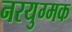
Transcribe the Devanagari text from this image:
नरयुग्मक